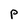
Character: p